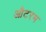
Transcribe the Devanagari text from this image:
औटरम